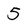
Character: 5